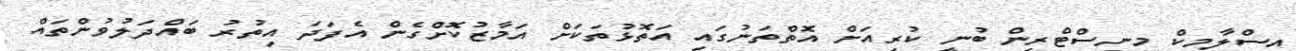
އިސްލާމިކް މިނިސްޓްރީން ބުނީ ކުރިއަށް އޮތްތަނުގައި އަތޮޅުތަކަށް އަމާޒުކޮށްގެން އެފަދަ އިތުރު ބައްދަލުވުންތައް